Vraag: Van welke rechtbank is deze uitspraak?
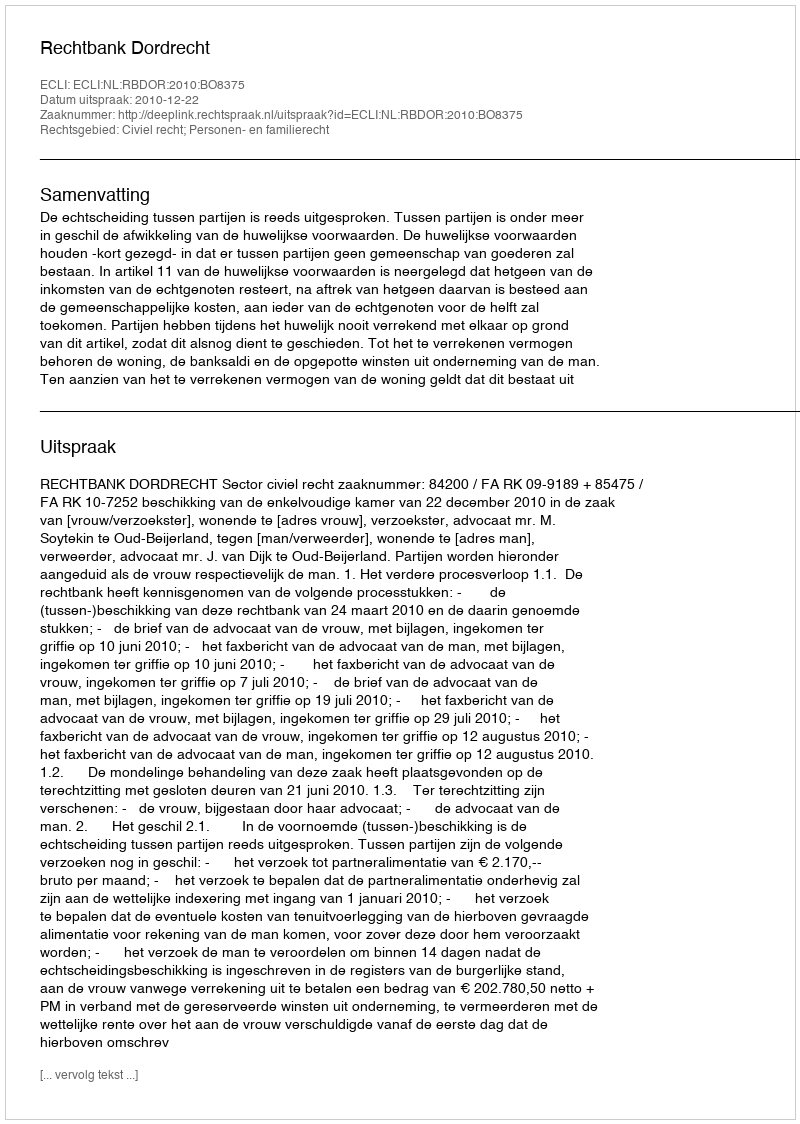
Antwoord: Rechtbank Dordrecht